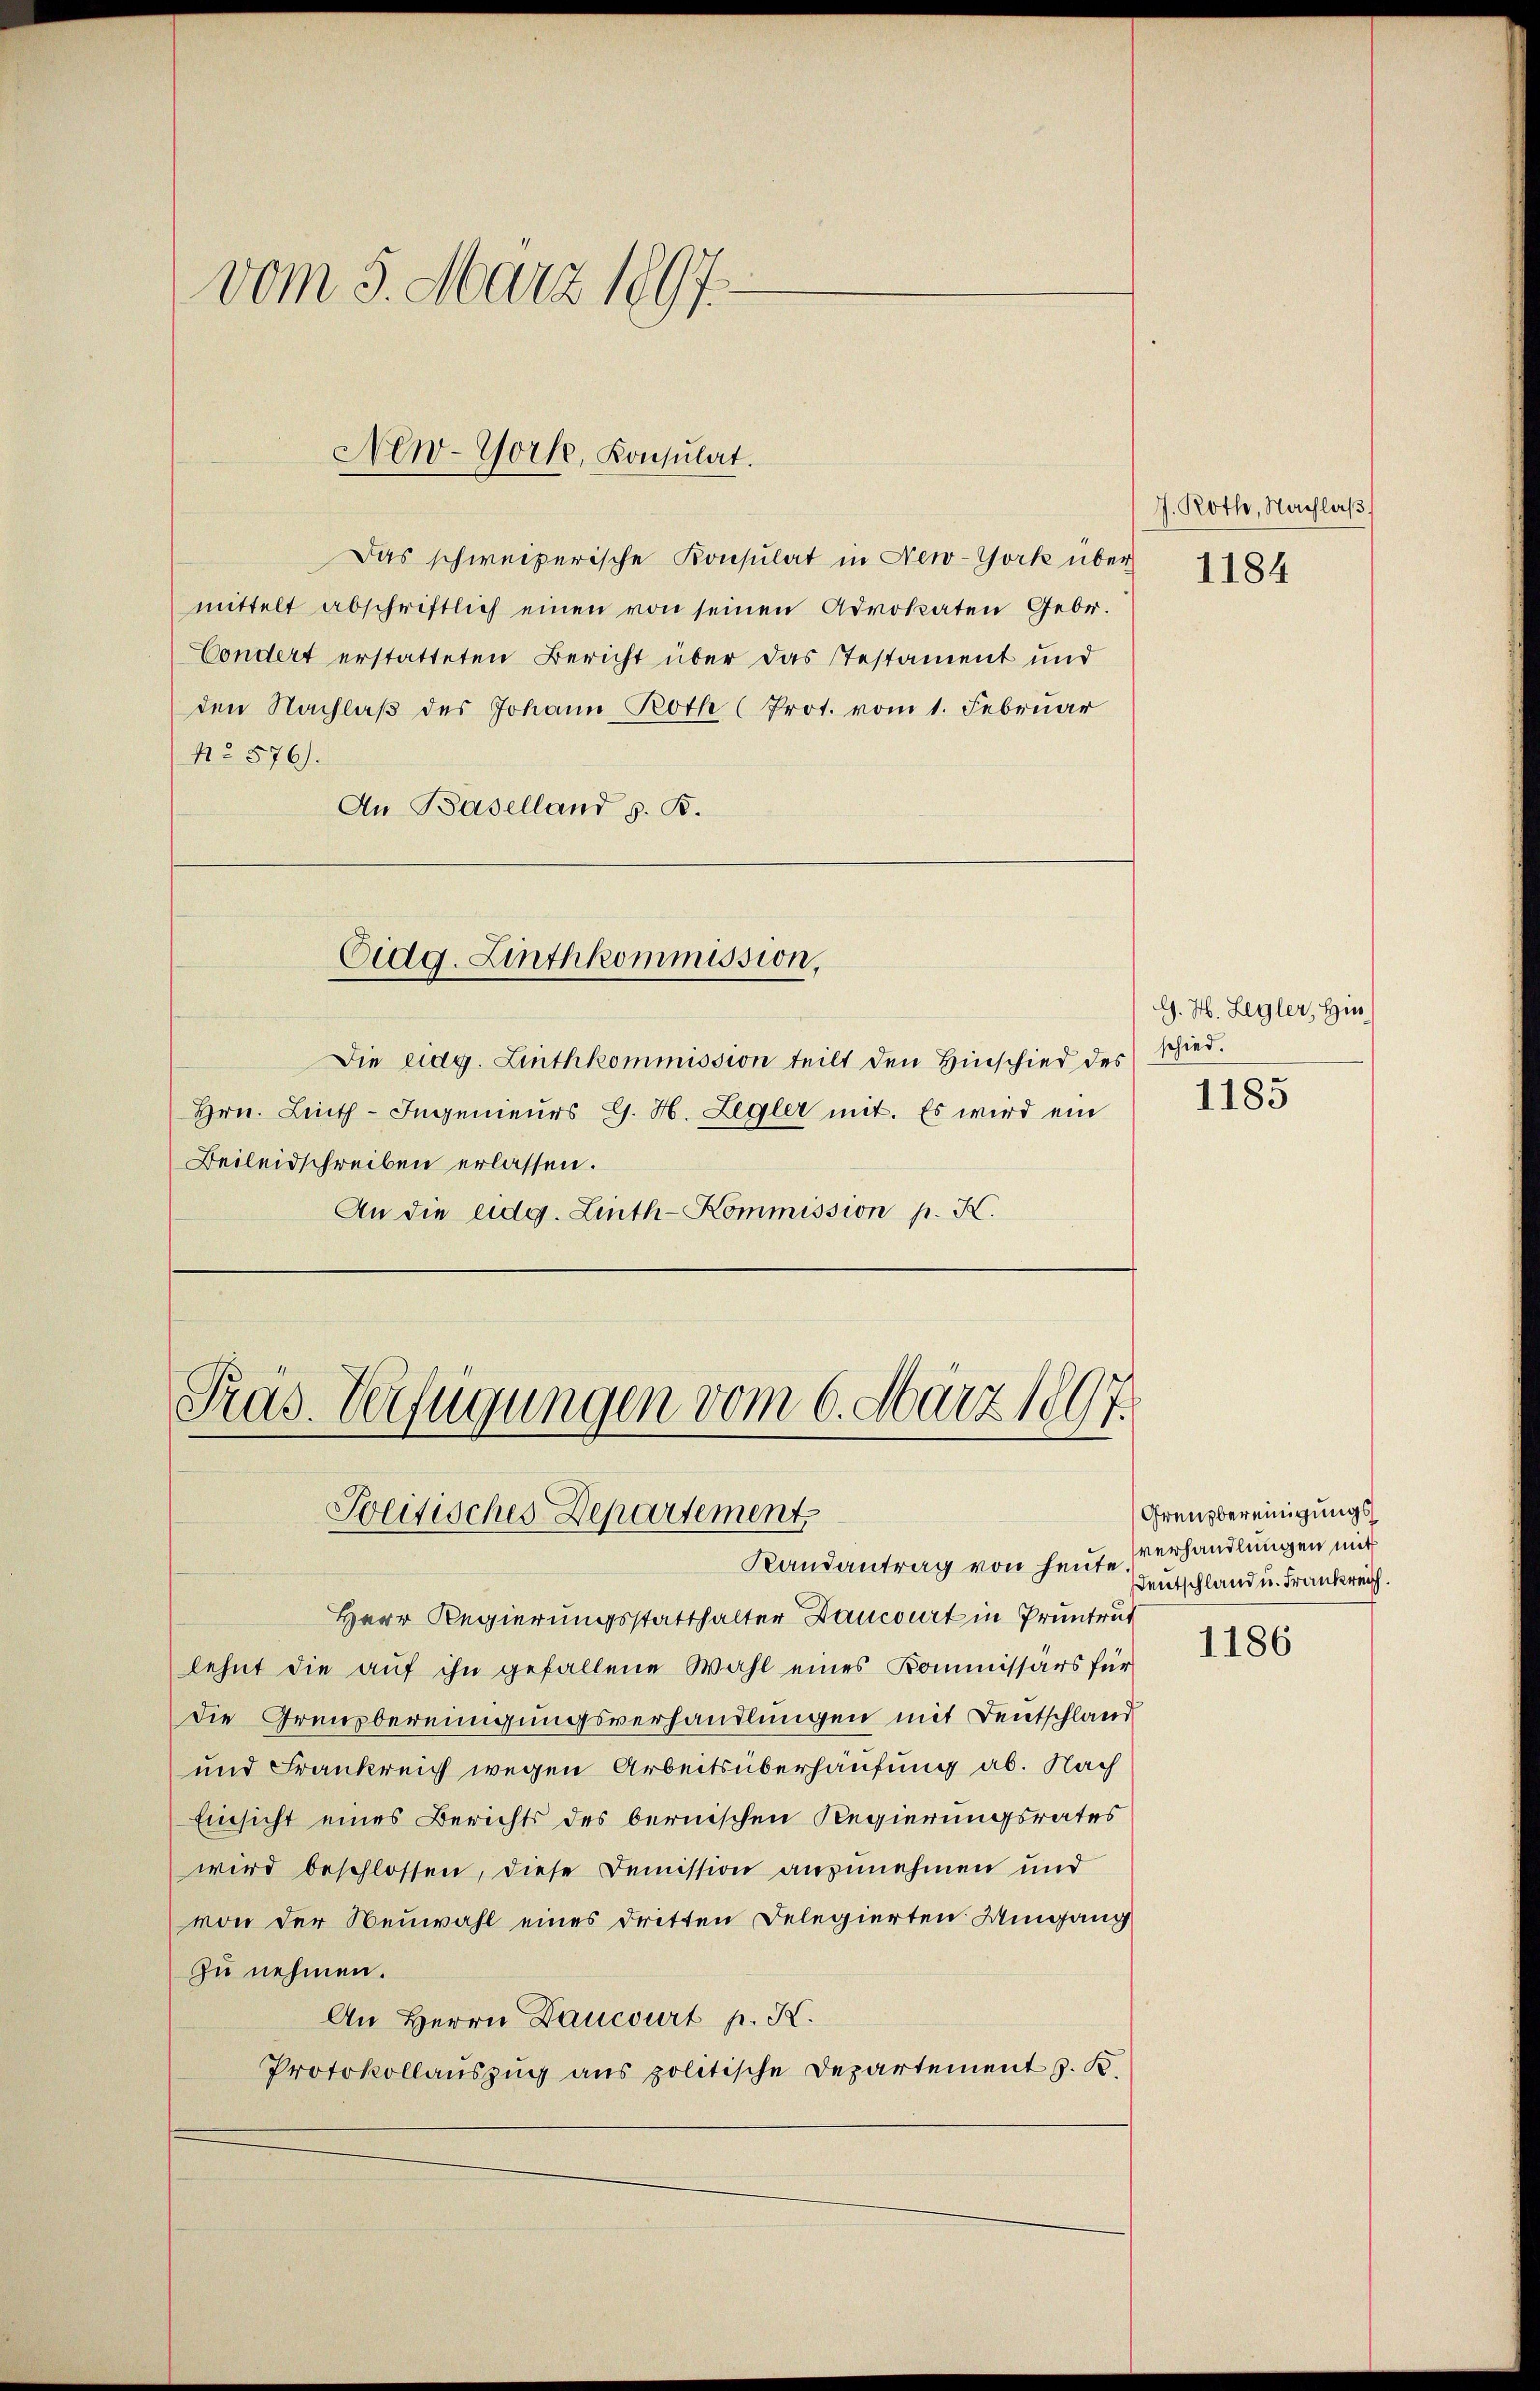
Das schweizerische Konsulat in New-York über
mittelt abschriftlich einen von seinen Advokaten Gebr.
Condert erstatteten Bericht über das Testament und
den Nachlaß des Johann Roth (Prot. vom 1. Februar
N° 576).
An Baselland z. B.

Hrn. Linth-Ingenieurs G. H. Zegler mit. Es wird ein
Beileidschreiben erlassen.

vom 5. März 1897.

New-York, Konsulat.

Eidg. Linthkommission,

An die eidg. Linth-Kommission p. K.

Die eidg. Linthkommission teilt den Hinschied des schied.

Präs. Verfügungen vom 6. März 1897.
Politisches Departement

J. Roth, Nachlaβ
1184

Randantrag von heute.
Herr Regierungsstatthalter Dancourt in Pruntrut
lehnt die aŭf ihn gefallene Wahl eines Kommissärs für
die Grenzbereinigungsverhandlungen mit Deutschland
und Frankreich wegen Arbeitsüberhausung ab. Nach
Einsicht eines Berichts des bernischen Regierungsrates
wird beschlossen, diese Demission anzunehmen und
von der Neuwahl eines dritten Delegierten Umgang
zu nehmen.
An Herrn Dancourt p. K.
Protokollauszug aus politische Departement z. B.

G. H. Legler, Hin¬
1185

Grenzbereinigungs
verhandlungen mit
Dentschland u. Frankreich.

1186